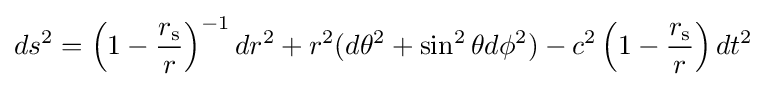
ds^{2}=\left(1-{\frac {r_{\text{s}}}{r}}\right)^{-1}dr^{2}+r^{2}(d\theta ^{2}+\sin ^{2}\theta d\phi ^{2})-c^{2}\left(1-{\frac {r_{\text{s}}}{r}}\right)dt^{2}